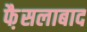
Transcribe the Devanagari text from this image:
फै़सलाबाद